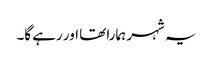
یہ شہر ہمارا تھا اور رہے گا۔